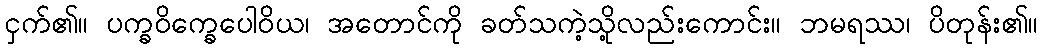
ငှက်၏။ ပက္ခဝိက္ခေပေါဝိယ၊ အတောင်ကို ခတ်သကဲ့သို့လည်းကောင်း။ ဘမရဿ၊ ပိတုန်း၏။